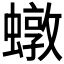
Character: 𧑒